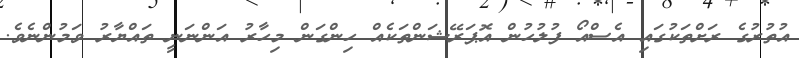
އުތުރުގެ ރަށްތަކުގައި އެސްއޯ ފުލުހުން އޮޕަރޭޝަންތަކެއް ހިންގަން މިހާރު އަންނަނީ ތައްޔާރު ވަމުންނެވެ.